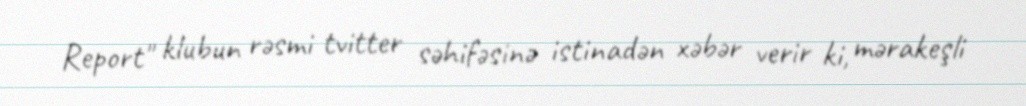
Report" klubun rəsmi tvitter səhifəsinə istinadən xəbər verir ki, mərakeşli